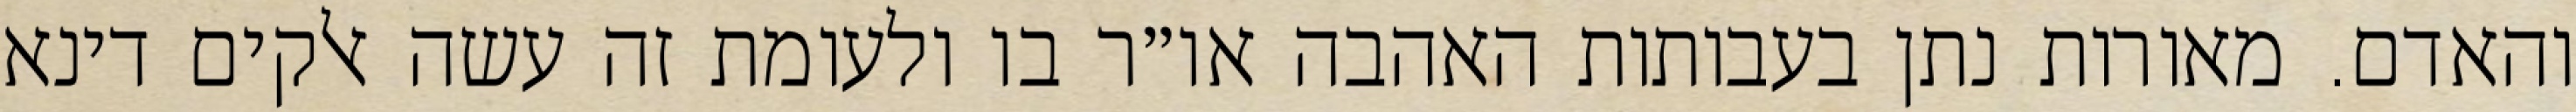
והאדם. מאורות נתן בעבותות האהבה או״ר בו ולעומת זה עשה אלקים דינא